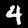
Label: 4